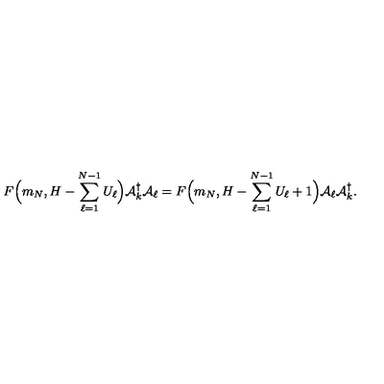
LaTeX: F \Big ( m _ { N } , H - \sum _ { \ell = 1 } ^ { N - 1 } { U } _ { \ell } \Big ) { \cal A } _ { k } ^ { \dagger } { \cal A } _ { \ell } = F \Big ( m _ { N } , H - \sum _ { \ell = 1 } ^ { N - 1 } { U } _ { \ell } + 1 \Big ) { \cal A } _ { \ell } { \cal A } _ { k } ^ { \dagger } .